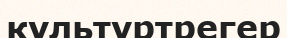
культуртрегер